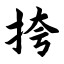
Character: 挎